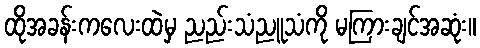
ထိုအခန်းကလေးထဲမှ ညည်းသံညူသံကို မကြားချင်အဆုံး။